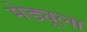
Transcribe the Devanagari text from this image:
मेड्यूला